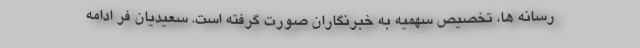
رسانه ها، تخصیص سهمیه به خبرنگاران صورت گرفته است. سعیدیان فر ادامه